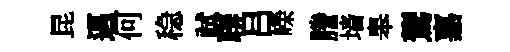
昆邁何稳試聨吕嶸謄墙皋鷟嘉